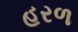
હરળ